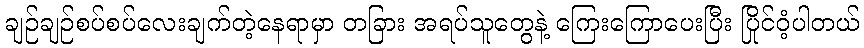
ချဉ်ချဉ်စပ်စပ်လေးချက်တဲ့နေရာမှာ တခြား အရပ်သူတွေနဲ့ ကြေးကြောပေးပြီး ပြိုင်ဝံ့ပါတယ်